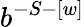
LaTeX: b^{-S-[w]}